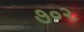
૭૦૨